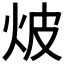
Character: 𭴗